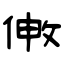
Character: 敒